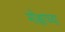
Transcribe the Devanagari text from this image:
मोक्षाच्या